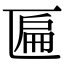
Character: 匾